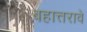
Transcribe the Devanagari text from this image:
बहात्तरावे